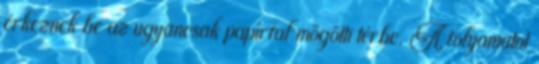
érkeznek be az ugyancsak papírfal mögötti térbe. A folyamatot